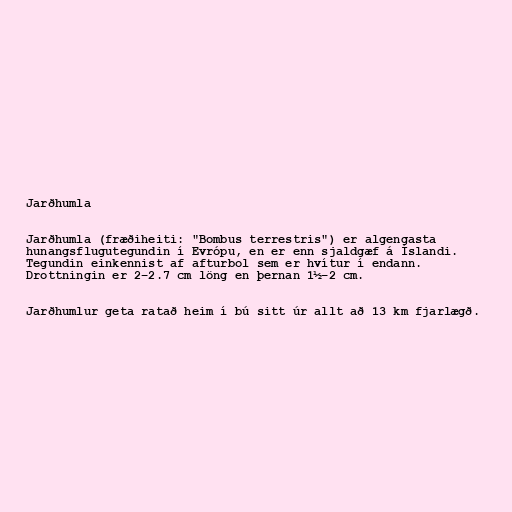
Jarðhumla

Jarðhumla (fræðiheiti: "Bombus terrestris") er algengasta
hunangsflugutegundin í Evrópu, en er enn sjaldgæf á Íslandi.
Tegundin einkennist af afturbol sem er hvítur í endann.
Drottningin er 2–2.7 cm löng en þernan 1½–2 cm.

Jarðhumlur geta ratað heim í bú sitt úr allt að 13 km fjarlægð.